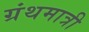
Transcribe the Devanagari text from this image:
ग्रंथमात्री